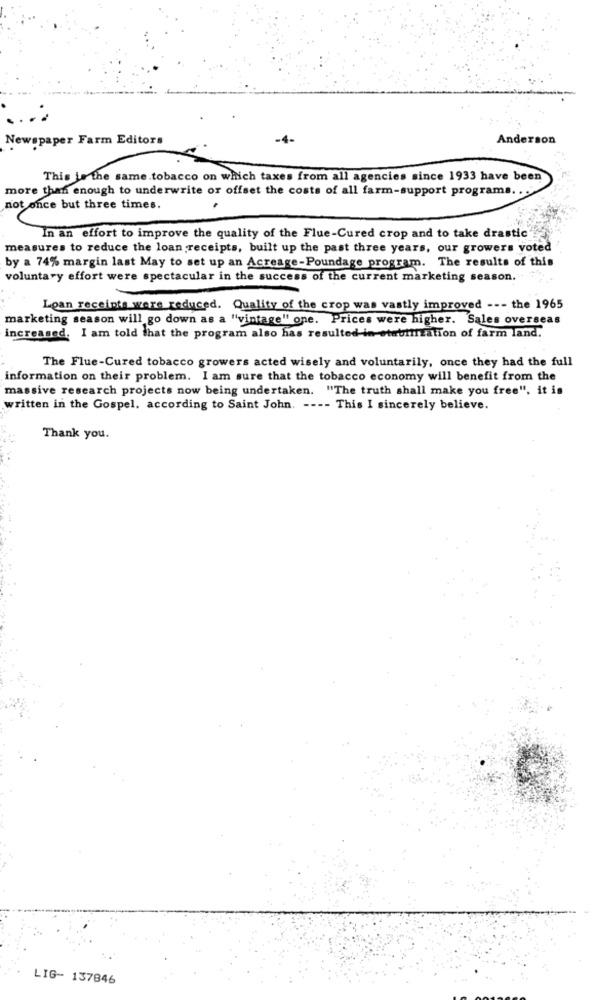
...
Newspaper Farm Editors
Anderson
This is the same.tobacco on which taxes from all agencies since 1933 have been
more than enough to underwrite or offset the costs of all farm-support programs ..
not once but three times.
In an effort to improve the quality of the Flue-Cured crop and to take drastic
measures to reduce the loan receipts, built up the past three years, our growers voted
by a 74% margin last May to set up an Acreage-Poundage program. The results of this
voluntary effort were spectacular in the success of the current marketing season.
Lean receipts were reduced. Quality of the crop was vastly improved --- the 1965
marketing season will go down as a "vintage" one. Prices were higher. Sales overseas
increased. I am told that the program also has resulted in etebinzation of farm land.
The Flue-Cured tobacco growers acted wisely and voluntarily, once they had the full
information on their problem. I am sure that the tobacco economy will benefit from the
massive research projects now being undertaken. "The truth shall make you free", it is
written in the Gospel, according to Saint John. ---- This I sincerely believe.
Thank you.
LIG- 137846